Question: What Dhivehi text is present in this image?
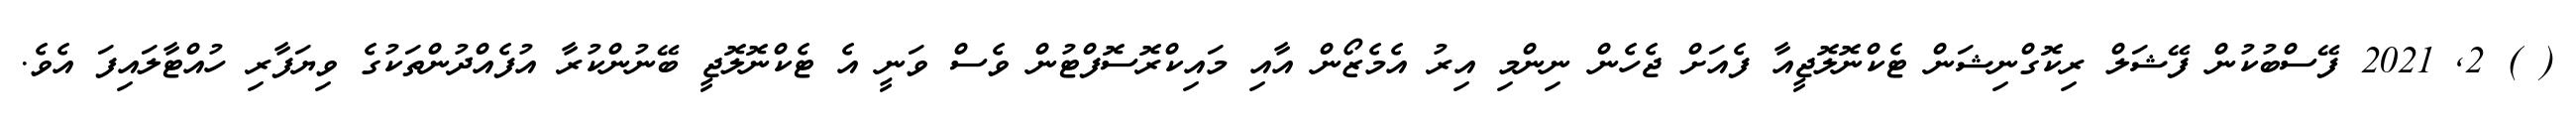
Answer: ( ) 2, 2021 ފޭސްބުކުން ފޭޝަލް ރިކޮގްނިޝަން ޓެކްނޮލޮޖީއާ ފެއަށް ޖެހެން ނިންމި އިރު އެމެޒޯން އާއި މައިކްރޮސޮފްޓުން ވެސް ވަނީ އެ ޓެކްނޮލޮޖީ ބޭނުންކުރާ އުފެއްދުންތަކުގެ ވިޔަފާރި ހުއްޓާލައިފަ އެވެ.